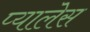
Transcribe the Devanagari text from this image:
प्यालेस